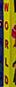
world